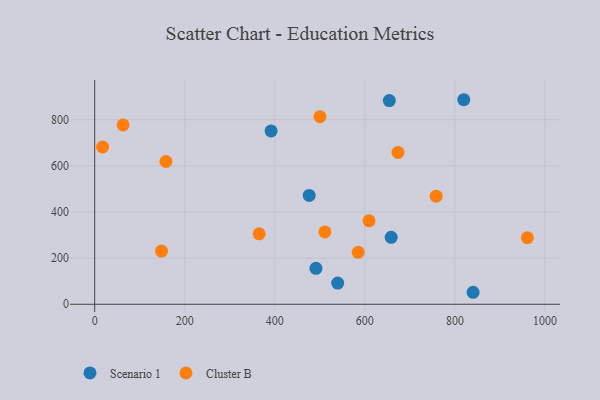
{"axis": {"x": "Speed", "y": "Salary"}, "legend": ["Cluster B", "Scenario 1"], "data": [{"x": "391.8", "y": 751.4, "type": "Scenario 1"}, {"x": "539.7", "y": 91.7, "type": "Scenario 1"}, {"x": "491.4", "y": 155.9, "type": "Scenario 1"}, {"x": "476.4", "y": 471.7, "type": "Scenario 1"}, {"x": "654.4", "y": 882.8, "type": "Scenario 1"}, {"x": "819.7", "y": 886.7, "type": "Scenario 1"}, {"x": "840.4", "y": 52.0, "type": "Scenario 1"}, {"x": "658.5", "y": 290.4, "type": "Scenario 1"}, {"x": "609.3", "y": 361.9, "type": "Cluster B"}, {"x": "511.2", "y": 313.7, "type": "Cluster B"}, {"x": "961.0", "y": 288.3, "type": "Cluster B"}, {"x": "585.2", "y": 225.2, "type": "Cluster B"}, {"x": "673.6", "y": 658.4, "type": "Cluster B"}, {"x": "148.4", "y": 230.7, "type": "Cluster B"}, {"x": "500.3", "y": 813.1, "type": "Cluster B"}, {"x": "63.0", "y": 777.5, "type": "Cluster B"}, {"x": "17.6", "y": 681.7, "type": "Cluster B"}, {"x": "365.3", "y": 305.3, "type": "Cluster B"}, {"x": "158.2", "y": 618.8, "type": "Cluster B"}, {"x": "758.4", "y": 468.8, "type": "Cluster B"}]}